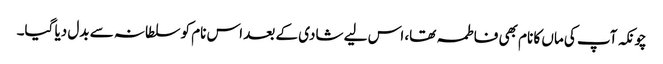
چونکہ آپ کی ماں کا نام بھی فاطمہ تھا، اس لیے شادی کے بعد اس نام کو سلطانہ سے بدل دیا گیا۔